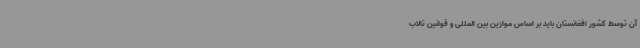
آن توسط کشور افغانستان باید بر اساس موازین بین المللی و قوانین تالاب